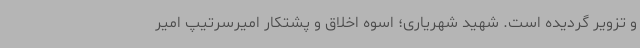
و تزویر گردیده است. شهید شهریاری؛ اسوه اخلاق و پشتکار امیرسرتیپ امیر